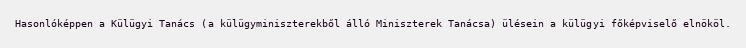
Hasonlóképpen a Külügyi Tanács (a külügyminiszterekből álló Miniszterek Tanácsa) ülésein a külügyi főképviselő elnököl.